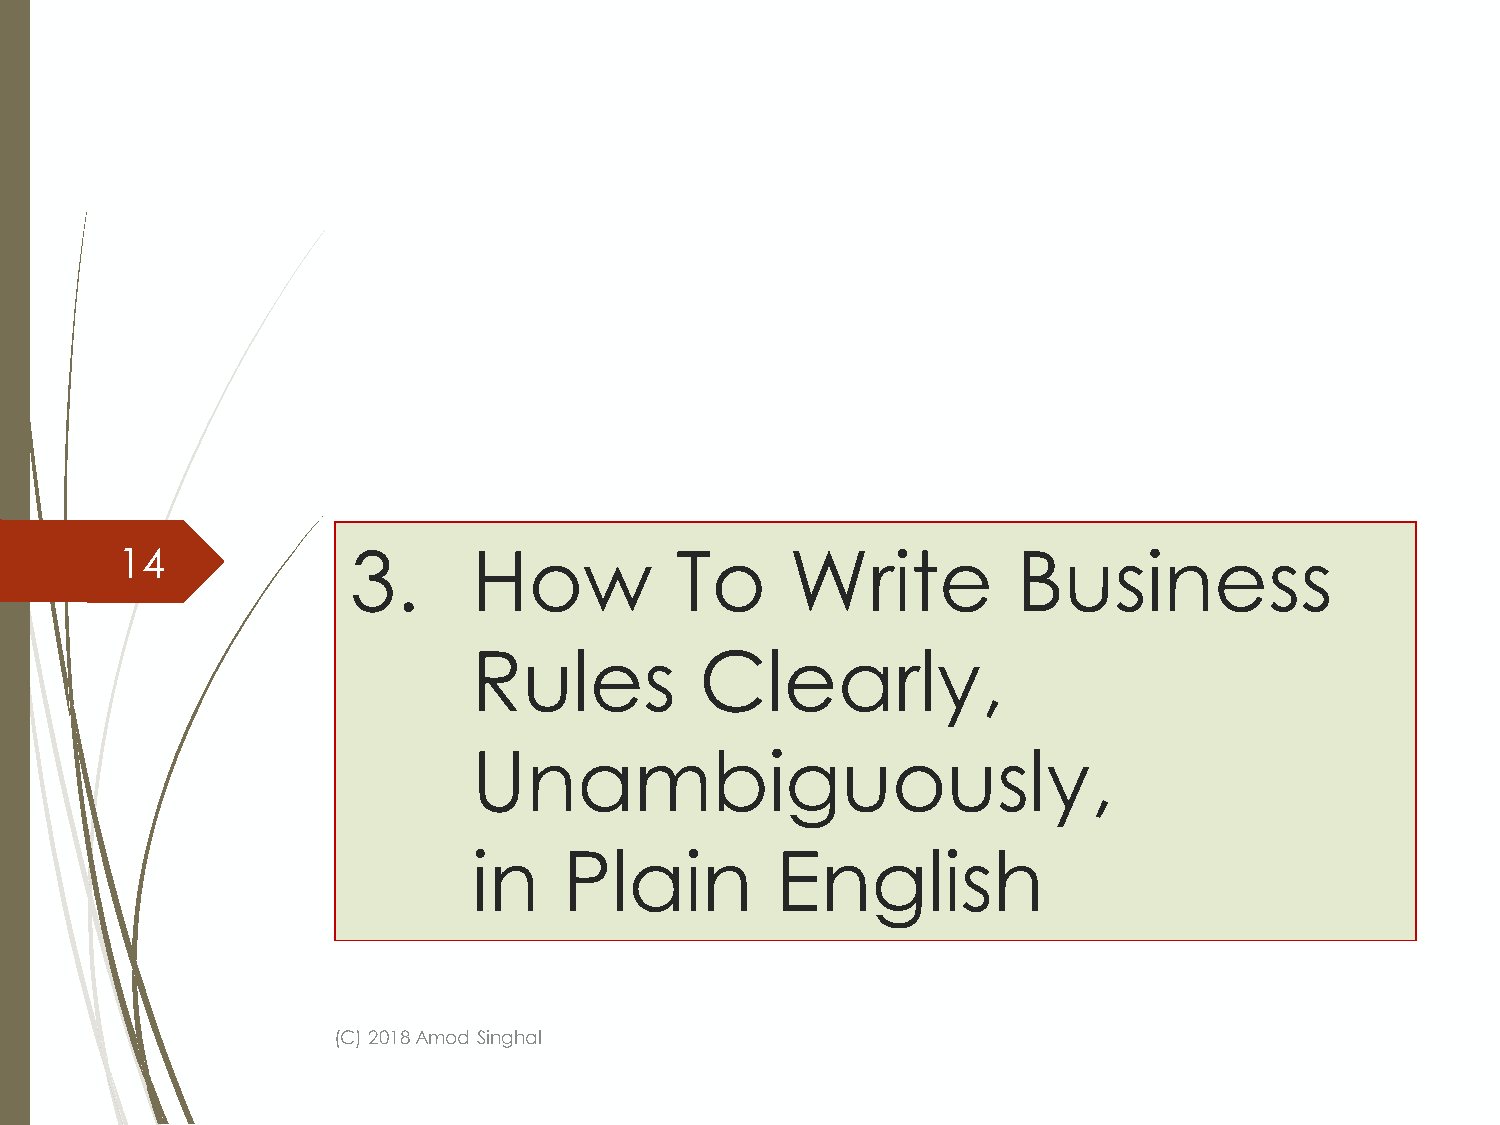
14             3.      How           To     Write          Business
 Rules          Clearly,
 Unambiguously,
 in    Plain         English
 (C) 2018 Amod Singhal